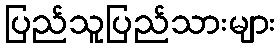
ပြည်သူပြည်သားများ